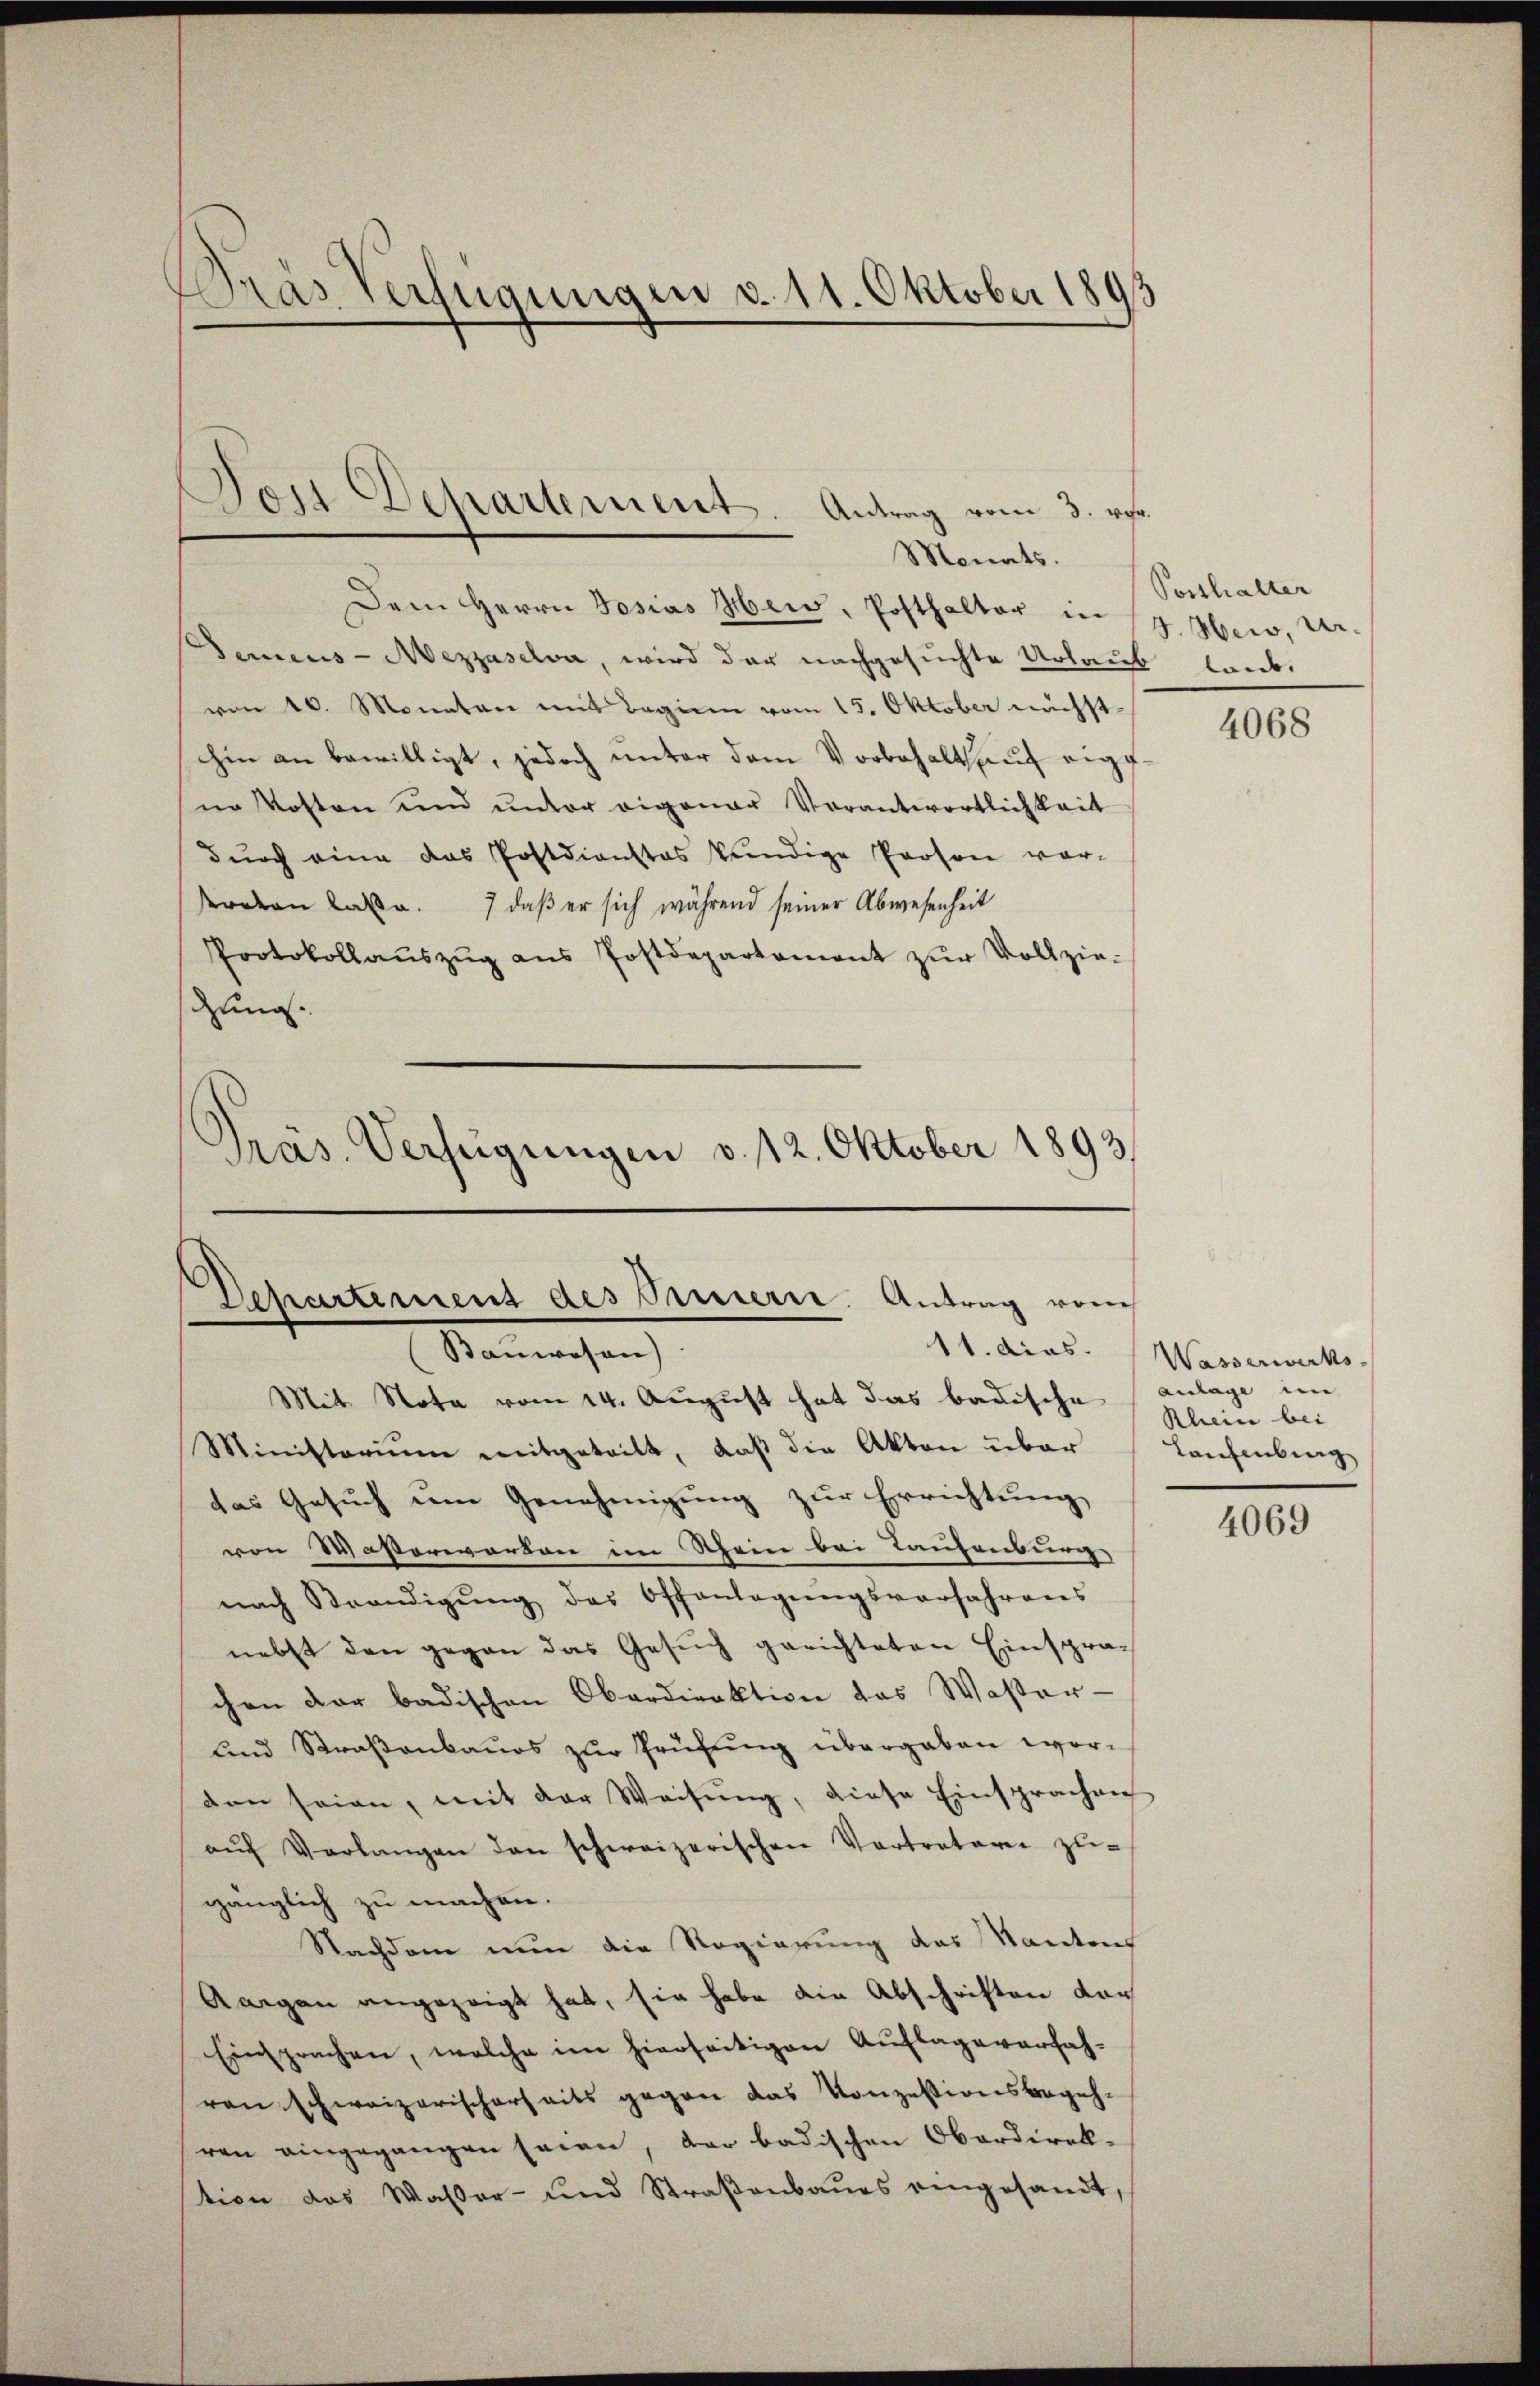
Dras Verfügungen d. 11. Oktober 1893

Dem Herrn Josias Hew, Posthalter in 17. Aber, ver¬
Damens-Mezzaselva, wird der nachgesuchte Urlaub laub.
von 10. Monaten mit Beginn vom 15. Oktober nächst
hin an bewilligt, jedoch ŭnter dem Vorbehalt aŭf eigene Kosten und unter eigener Verantwortlichkeit
dŭrch eine das Postdienstes kündige Person vor-
rdern Lade. daβ er sich während seiner Abwesenheit
Protokollaŭszŭg ans Postdepartement zŭr Vollzie-
dung.
Präs. Verfügungen v. 12. Oktober 1893.

Dos Departement. Antrag vom 3. ver
Monats.

Departement des Innern. Antrag vom
Banwesen)

Mit Nota vom 14. August hat das badische anlage im
Ministerium mitgeteilt, daß die Akten über
das Gesuch um Genehmigung zur Errichtung
von Waßerwarten im Rhein bei Taufenburg
nach Beendigŭng des Offenlagŭngsverfahrens
nebst den gegen das Gesŭch gerichteten Einspra-
chen der badischen Oberdirektion das Wasser-
und Straßenbaues zur Prüfung übergaben worden seien, mit der Weisŭng, diese Einsprachen
aŭf Verlangen den schweizerischen Vertreter zŭ-
gänglich zu machen.
Nachdem nun die Regierung das Kantons
Aargau angezeigt hat, sie habe die Abschriften dar
Einsprachen, welche im hierseitigen Auflage verfahren schweizerischerheits gegen das Konzessionsbegehren eingegangen seien, der badischen Oberdirek-
tion das Wasser- und Straßenbaues eingesandt,

Posthalter

4068

11. dies. Wasserwerks
Rhein bei
Laufenburg

4069